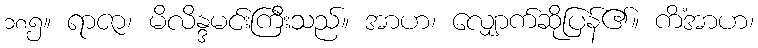
၁၈၅။ ရာဇာ၊ မိလိန္ဒမင်းကြီးသည်။ အာဟ၊ လျှောက်ဆိုပြန်၏။ ကိံအာဟ၊